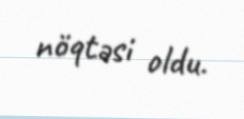
nöqtəsi oldu.